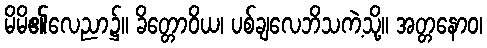
မိမိ၏လေညာ၌။ ခိတ္တောဝိယ၊ ပစ်ချလေဘိသကဲ့သို့။ အတ္တနောဝ၊